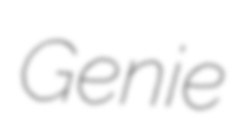
Genie